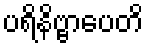
ပရိနိဗ္ဗာပေတိ